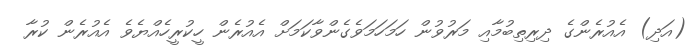
(އަދި) އެއުރެންގެ ދިރިތިބުމާއި މަރުވުން ހަމަހަމަވެގެންވާކަމަށް އެއުރެން ހީކުރީހެއްޔެވެ އެއުރެން ކުރާ